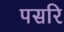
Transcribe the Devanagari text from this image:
पसरि